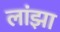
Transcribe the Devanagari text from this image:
लांझा